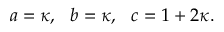
a = \kappa , ~ ~ b = \kappa , ~ ~ c = 1 + 2 \kappa .